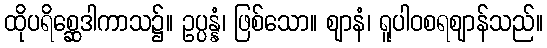
ထိုပရိစ္ဆေဒါကာသ၌။ ဥပ္ပန္နံ၊ ဖြစ်သော။ ဈာနံ၊ ရူပါဝစရဈာန်သည်။